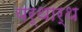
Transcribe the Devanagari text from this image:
यर्थार्थ